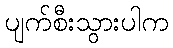
ပျက်စီးသွားပါက